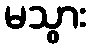
မသွား